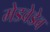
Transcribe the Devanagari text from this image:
मेडवेडेव